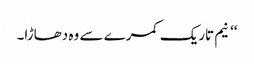
‘‘ نیم تاریک کمرے سے وہ دھاڑا۔